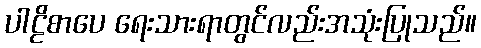
ပါဠိစာပေ ရေးသားရာတွင်လည်းအသုံးပြုသည်။